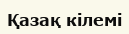
Қазақ кілемі